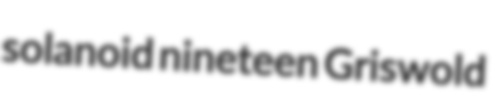
solanoid nineteen Griswold